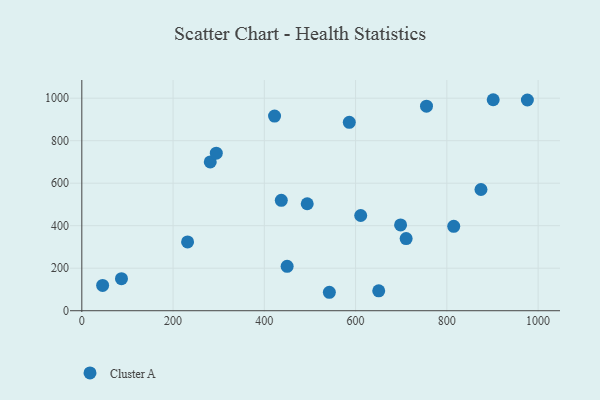
{"axis": {"x": "Ad Spend", "y": "Sales"}, "legend": ["Cluster A"], "data": [{"x": "450.0", "y": 208.8, "type": "Cluster A"}, {"x": "586.2", "y": 886.4, "type": "Cluster A"}, {"x": "231.8", "y": 323.6, "type": "Cluster A"}, {"x": "698.6", "y": 403.5, "type": "Cluster A"}, {"x": "650.7", "y": 93.4, "type": "Cluster A"}, {"x": "542.5", "y": 86.8, "type": "Cluster A"}, {"x": "494.0", "y": 503.3, "type": "Cluster A"}, {"x": "976.5", "y": 991.5, "type": "Cluster A"}, {"x": "710.8", "y": 339.4, "type": "Cluster A"}, {"x": "901.6", "y": 992.7, "type": "Cluster A"}, {"x": "281.5", "y": 700.0, "type": "Cluster A"}, {"x": "45.6", "y": 118.8, "type": "Cluster A"}, {"x": "874.8", "y": 570.3, "type": "Cluster A"}, {"x": "422.4", "y": 916.0, "type": "Cluster A"}, {"x": "86.9", "y": 151.0, "type": "Cluster A"}, {"x": "755.4", "y": 962.2, "type": "Cluster A"}, {"x": "815.1", "y": 397.2, "type": "Cluster A"}, {"x": "294.7", "y": 741.4, "type": "Cluster A"}, {"x": "611.2", "y": 448.1, "type": "Cluster A"}, {"x": "437.2", "y": 519.5, "type": "Cluster A"}]}